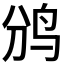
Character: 𱉑